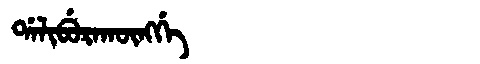
Manchu: ᡩᠠᠯᡳᠪᡠᡵᠠᡴᡡᠩᡤᡝ
Romanization: DALIBURAKŪNGGE